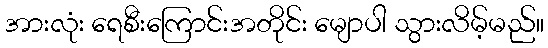
အားလုံး ရေစီးကြောင်းအတိုင်း မျောပါ သွားလိမ့်မည်။